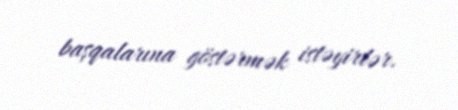
başqalarına göstərmək istəyirlər.